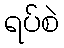
ရပ်စဲ